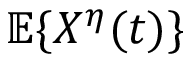
\mathbb { E } \{ X ^ { \eta } ( t ) \}